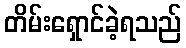
တိမ်းရှောင်ခဲ့ရသည်